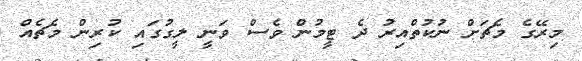
މިރޭގެ މެޗަށް ނުކުތްއިރު ދެ ޓީމުން ވެސް ވަނީ ލީގުގައި ކުރިން މެޗެއް